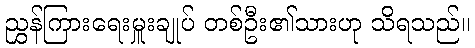
ညွှန်ကြားရေးမှူးချုပ် တစ်ဦး၏သားဟု သိရသည်။